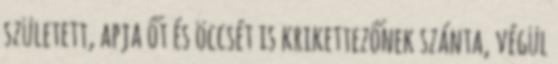
született, apja őt és öccsét is krikettezőnek szánta, végül